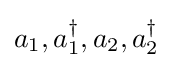
{\textstyle a_{1},a_{1}^{\dagger },a_{2},a_{2}^{\dagger }}